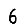
Digit: 6